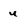
Character: u